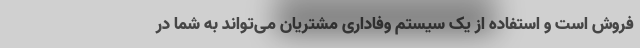
فروش است و استفاده از یک سیستم وفاداری مشتریان می‌تواند به شما در